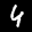
Label: 4